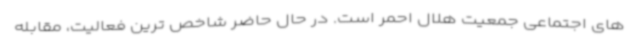
های اجتماعی جمعیت هلال احمر است. در حال حاضر شاخص ترین فعالیت، مقابله